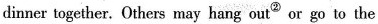
dinner together. Others may hang out② or go to the